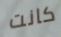
كانت